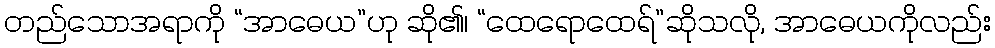
တည်သောအရာကို “အာဓေယ”ဟု ဆို၏၊ “ထေရောထေရ်”ဆိုသလို, အာဓေယကိုလည်း